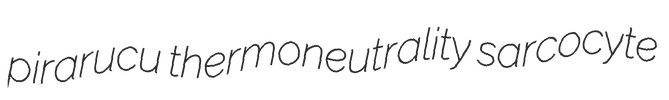
pirarucu thermoneutrality sarcocyte